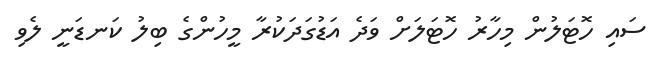
ސައި ހޮޓަލުން މިހާރު ހޮޓަލަށް ވަދެ އަޑުގަދަކުރާ މީހުންގެ ބިލު ކަނޑަނީ ލެވި